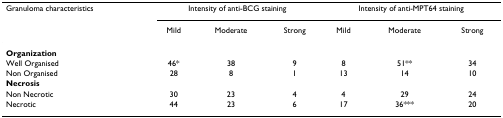
<table><thead><tr><td><b>Granuloma characteristics</b></td><td colspan="3"><b>Intensity of anti-BCG staining</b></td><td colspan="3"><b>Intensity of anti-MPT64 staining</b></td></tr><tr><td></td><td><b>Mild</b></td><td><b>Moderate</b></td><td><b>Strong</b></td><td><b>Mild</b></td><td><b>Moderate</b></td><td><b>Strong</b></td></tr></thead><tbody><tr><td><b>Organization</b></td><td></td><td></td><td></td><td></td><td></td><td></td></tr><tr><td>Well Organised</td><td>46*</td><td>38</td><td>9</td><td>8</td><td>51**</td><td>34</td></tr><tr><td>Non Organised</td><td>28</td><td>8</td><td>1</td><td>13</td><td>14</td><td>10</td></tr><tr><td><b>Necrosis</b></td><td></td><td></td><td></td><td></td><td></td><td></td></tr><tr><td>Non Necrotic</td><td>30</td><td>23</td><td>4</td><td>4</td><td>29</td><td>24</td></tr><tr><td>Necrotic</td><td>44</td><td>23</td><td>6</td><td>17</td><td>36***</td><td>20</td></tr></tbody></table>